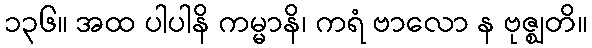
၁၃၆။ အထ ပါပါနိ ကမ္မာနိ၊ ကရံ ဗာလော န ဗုဇ္ဈတိ။